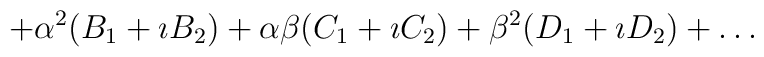
+ \alpha^2 ( B_1 + \imath B_2) + \alpha\beta (C_1 + \imath C_2) +\beta^2 (D_1 + \imath D_2) + \ldots